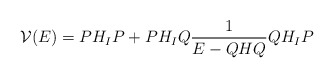
\begin{align*}{\cal V}(E) = PH_IP + PH_IQ\frac{1}{E-QHQ}QH_IP \end{align*}